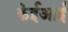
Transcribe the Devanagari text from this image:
केईआई